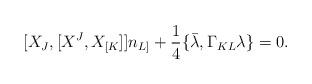
LaTeX: \begin{align*}[X_{J},[X^{J},X_{[K}]]n_{L]} + {1\over 4} \{ \bar\lambda,\Gamma_{KL}\lambda\} = 0.\end{align*}